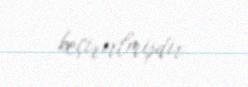
keçirirlmişdir.